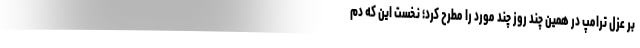
بر عزل ترامپ در همین چند روز چند مورد را مطرح کرد؛ نخست این که دم